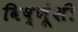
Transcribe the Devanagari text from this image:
विष्णूंशी